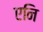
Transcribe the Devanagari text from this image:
एनि